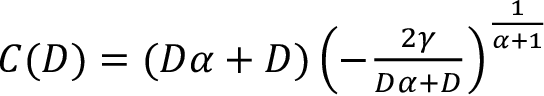
\begin{array} { r } { C ( D ) = ( D \alpha + D ) \left( - \frac { 2 \gamma } { D \alpha + D } \right) ^ { \frac { 1 } { \alpha + 1 } } } \end{array}